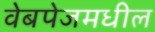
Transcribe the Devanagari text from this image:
वेबपेजमधील